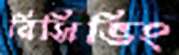
রিসিভিং